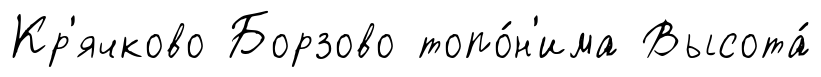
Кр'ячково Борзово топо́н'има Высота́